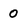
Character: 0